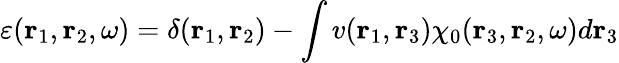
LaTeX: \varepsilon(\mathbf{r}_{1},\mathbf{r}_{2},\omega)=\delta(\mathbf{r}_{1},\mathbf{r}_{2})-\int v(\mathbf{r}_{1},\mathbf{r}_{3})\chi_{0}(\mathbf{r}_{3},\mathbf{r}_{2},\omega)d\mathbf{r}_{3}